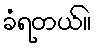
ခံရတယ်။